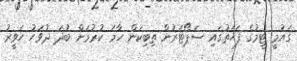
ގައުމީ ޓީމުގެ ފަހަތުގައި ސަޕޯޓަރުން ތިބިކަން ހާމަ ކުރުމަށް ބުދަ ދުވަހު ހަވީރު